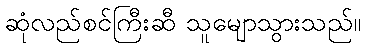
ဆုံလည်စင်ကြီးဆီ သူမျောသွားသည်။